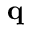
\mathbf { q }